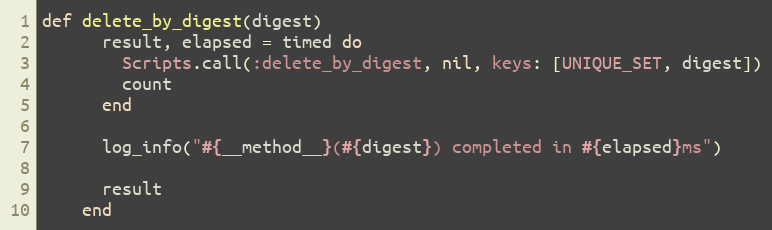
Language: Ruby
def delete_by_digest(digest)
      result, elapsed = timed do
        Scripts.call(:delete_by_digest, nil, keys: [UNIQUE_SET, digest])
        count
      end

      log_info("#{__method__}(#{digest}) completed in #{elapsed}ms")

      result
    end